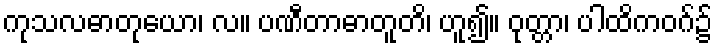
ကုသလဓာတုယော၊ လ။ ပဏီတာဓာတူတိ၊ ဟူ၍။ ဝုတ္တာ၊ ပါထိကဝဂ်၌